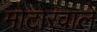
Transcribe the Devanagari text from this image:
मोटोरवाले